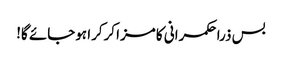
بس ذرا حکمرانی کا مزا کرکرا ہوجائے گا!